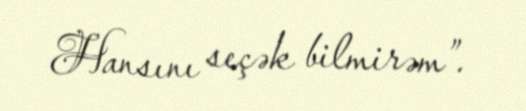
Hansını seçək bilmirəm”.